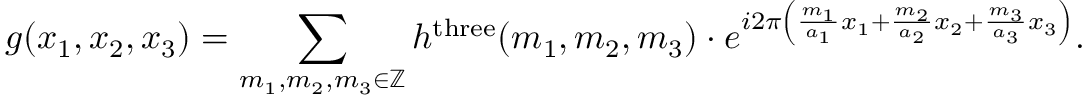
g ( x _ { 1 } , x _ { 2 } , x _ { 3 } ) = \sum _ { m _ { 1 } , m _ { 2 } , m _ { 3 } \in \mathbb { Z } } h ^ { \mathrm { t h r e e } } ( m _ { 1 } , m _ { 2 } , m _ { 3 } ) \cdot e ^ { i 2 \pi \left( { \frac { m _ { 1 } } { a _ { 1 } } } x _ { 1 } + { \frac { m _ { 2 } } { a _ { 2 } } } x _ { 2 } + { \frac { m _ { 3 } } { a _ { 3 } } } x _ { 3 } \right) } .